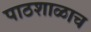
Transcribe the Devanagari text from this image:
पाठशाळाच